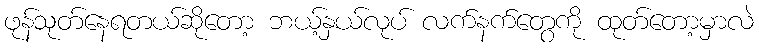
ဖုန်သုတ်နေရတယ်ဆိုတော့ ဘယ့်နှယ်လုပ် လက်နက်တွေကို ထုတ်တော့မှာလဲ